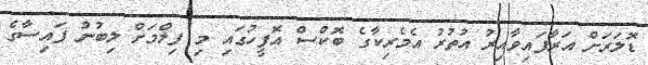
ޑޮލަރަށް އަރާފައިވާއިރު އުތުރު އެމެރިކާގެ ބޮކްސް އޮފީހުގައި މި ފިލްމަށް ލިބުނު ފައިސާގެ